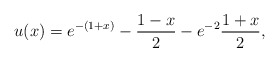
\begin{align*}u(x)=e^{-(1+x)}-\frac{1-x}{2}-e^{-2}\frac{1+x}{2},\end{align*}